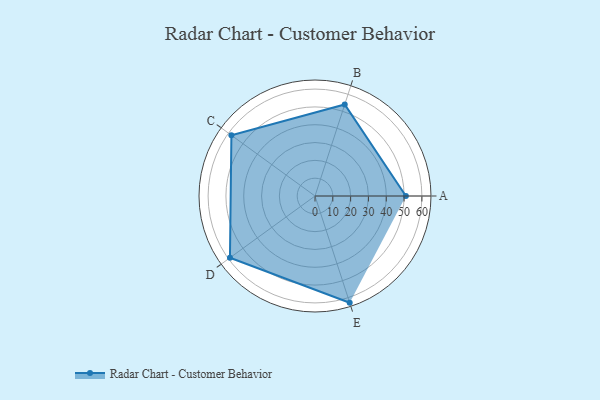
{"axis": {"x": "Skill", "y": "Score"}, "legend": ["Profile"], "data": [{"x": "A", "y": 51.0, "type": "Profile"}, {"x": "B", "y": 54.0, "type": "Profile"}, {"x": "C", "y": 58.0, "type": "Profile"}, {"x": "D", "y": 59.0, "type": "Profile"}, {"x": "E", "y": 63.0, "type": "Profile"}]}